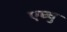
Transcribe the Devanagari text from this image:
एघ्चु